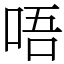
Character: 唔